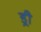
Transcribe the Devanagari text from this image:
ड्री